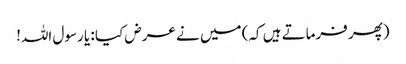
(پھر فرماتے ہیں کہ) میں نے عرض کیا : یا رسول اللہ!